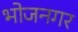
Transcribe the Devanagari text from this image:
भोजनगर